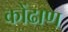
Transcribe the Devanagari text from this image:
कोंढाण